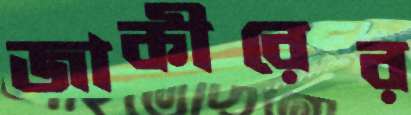
জাকীরের